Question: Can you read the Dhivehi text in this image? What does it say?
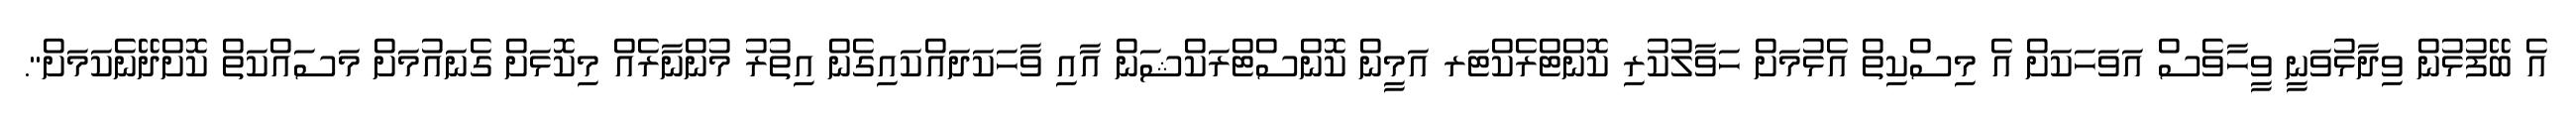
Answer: އެ ބޭފުޅުން ވިދާޅުވަނީ ވީހާވެސް އަވަހަކަށް އެ މިސްކިތް އެޅުމަށް ހަވާލުކުރި ކޮންޓްރެކްޓަރ އަމީން ކޮންސްޓްރަކްޝަން އާއި ވާހަކަދައްކައިގެން އިތުރު މުންނާރެއް މިކޮޅަށް ގެނައުމަށް މަސައްކަތް ކޮށްދޭނެކަމަށް".